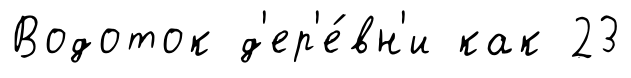
Водоток д'ер'е́вн'и как 23